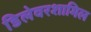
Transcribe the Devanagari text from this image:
डिलेवरशामिल